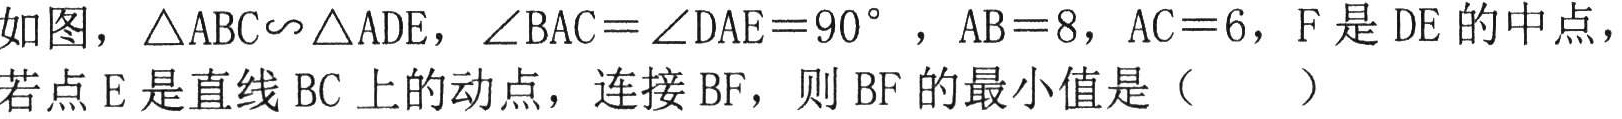
如图，\(\triangle ABC\backsim\triangle ADE\)，\(\angle BAC = \angle DAE = 90^{\circ}\)，\(AB = 8\)，\(AC = 6\)，\(F\)是\(DE\)的中点，若点\(E\)是直线\(BC\)上的动点，连接\(BF\)，则\(BF\)的最小值是（  ）